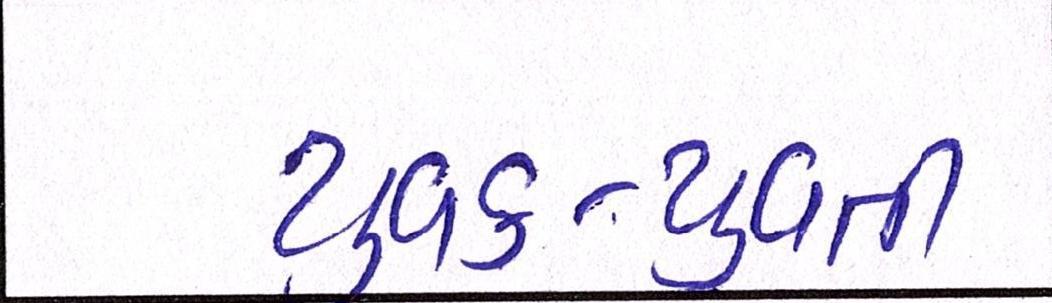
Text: યુવક-યુવતી